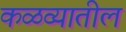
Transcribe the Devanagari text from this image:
कळव्यातील